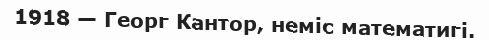
1918 — Георг Кантор, неміс математигі.